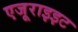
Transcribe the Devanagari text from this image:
एजूराइइट